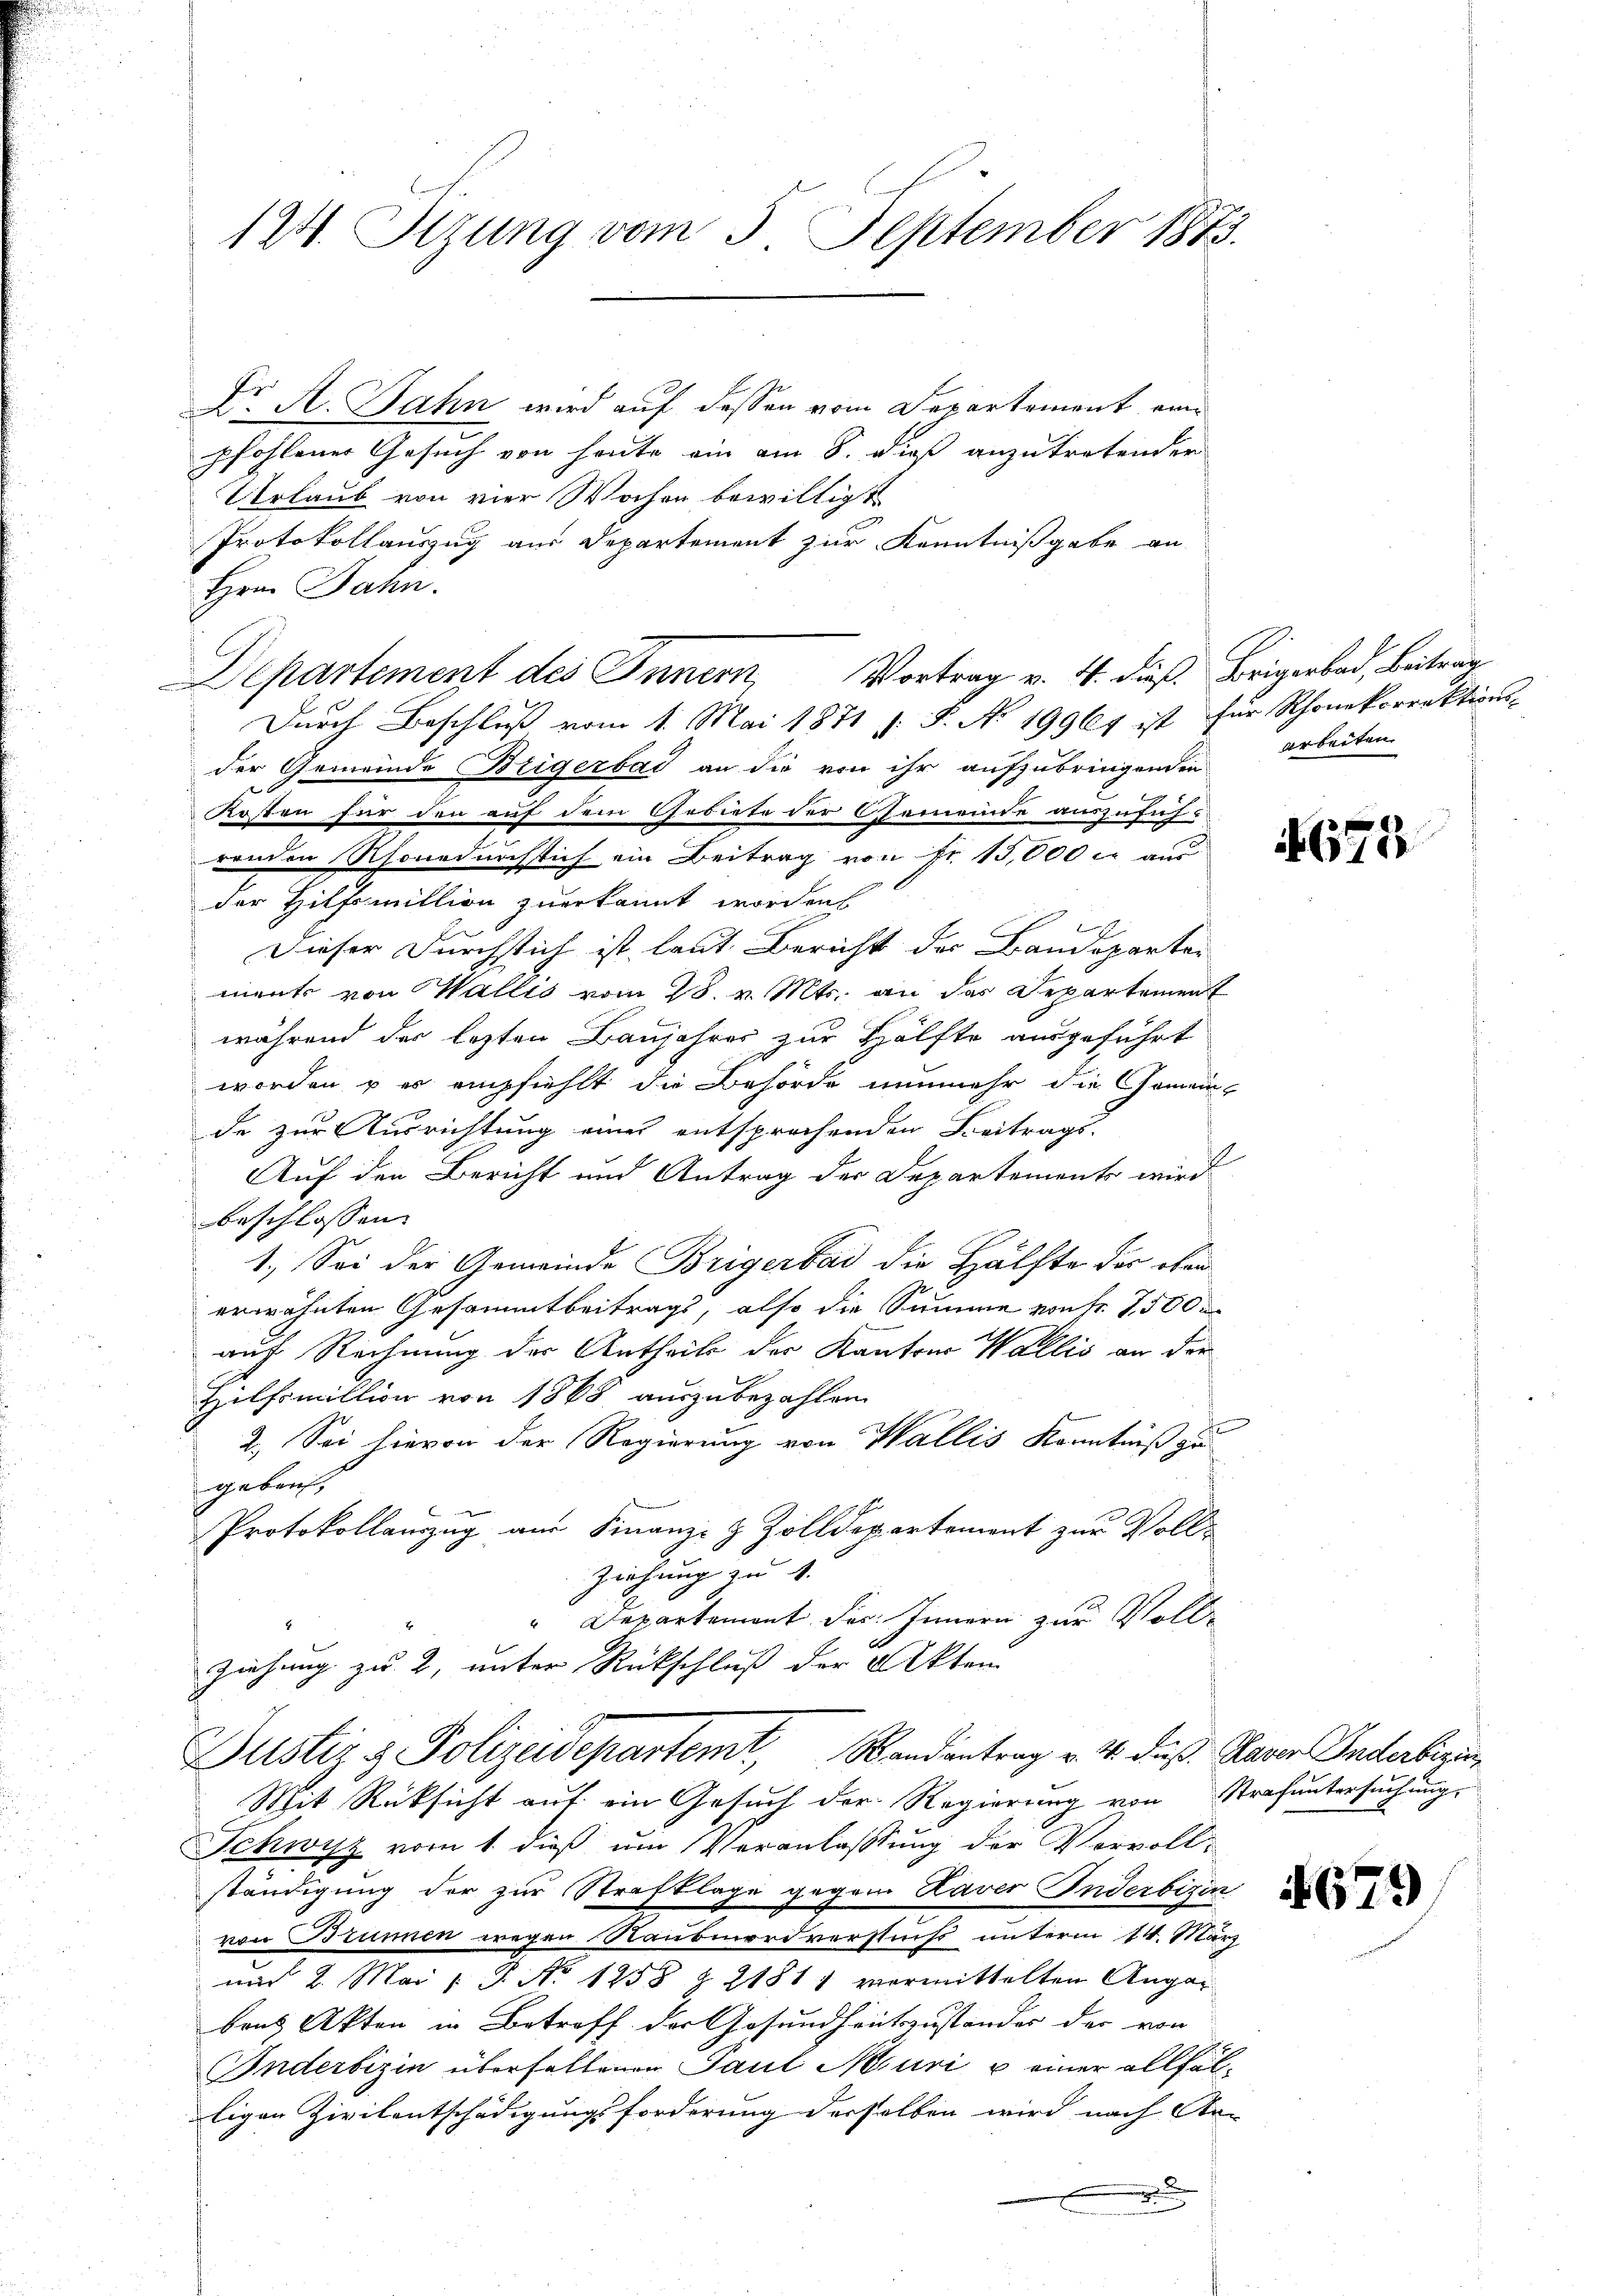
124. Sizung vom 5. September 1873.

Dr. A. Jahn wird auf dessen vom Departement einpfohlener Gesuch von heute ein am 8. dieß anzutretender
Urlaub von vier Wochen bewilligt
Protokollauszug aus Departement zur Kenntnißgabe an
Hrn. Jahn.
Durch Beschluß vom 1. Mai 1871 s. S. No 19967 ist für Schönekorrektions-
der Gemeinde Beigerbad an die von ihr aufzubringenden Arbeiten.
Kosten für den auf dem Gebiete der Gemeinde auszufüh-
renden Rhonednachsich ein Beitrag von Fr. 15,000 c. aus
der Hilfsmillion zuerkannt worden
Dieser Durchstich ist, laut Bericht der Baudeparten
ments von Wallis vom 28. v. Mts. an das Departement
während der lezten Baujahres zur Hälfte ausgeführt
worden & er empfiehlt die Behörde nunmehr die Gemein
de zur Ausrichtung eines entsprochenden Beitrags-
Auf den Bericht und Antrag der Departements wird
beschlossen: |
1.) Sei der Gemeinde Brigerbad die Hälfte des oben
erwähnten Gesammtbeitrags, also die Summe von Fr. 7500
auf Rechnung der Antheil der Kantons Wallis an der
Hilfsmittion von 1868 auszubezahlen.
2. Sei hievon der Regierung von Wallis Kenntniß zu
gebaut,
Protokollanzug aus Finanz- & Zolldepartement zur Voll¬
Ziehung zu 4.
" Departement der Innern zur Voll¬

Departement des Innern, Vortrag v. 4. dieß. Brigerbad, Beitrag

ziehung zu 2, unter Rückschluß der Akten
Justiz & Polizeidepartemt, Randantrag v. 4. dieß. Daver Anderbezu
Mit Rücksicht auf ein Gesuch der Regierung von Strafuntersuchung

Schwyz vom 1. dieß um Veranlassung der Vervoll-
ständigung der zur Strafklage gegen Haver Inderbisin
von Brunnen wegen Raubmordverstnß unterm 14. März
und 2. Mai 1 S. No 1258 Z. 2181) vormittelten Angar
bens Akten in Betreff der Gesundheitszustandes der von
Inderbizin überfallenen Paul Muri u einer allfälligen Zivilentschädigungsforderung derselben wird nach An-
x

67

679

8